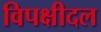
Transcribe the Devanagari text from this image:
विपक्षीदल